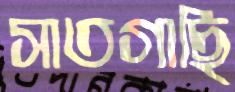
সাতগাছি